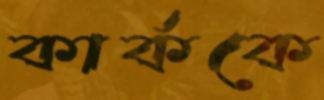
কার্ককে